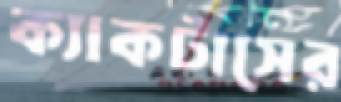
ক্যাকটাসের